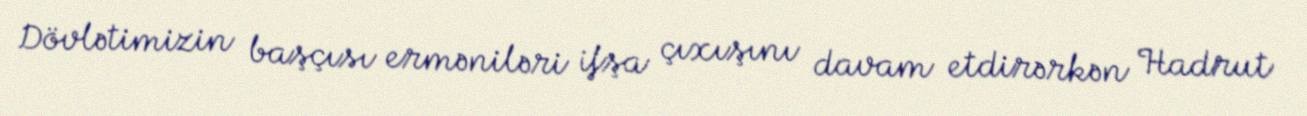
Dövlətimizin başçısı erməniləri ifşa çıxışını davam etdirərkən Hadrut